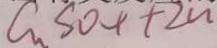
C u S O _ { 4 } + 2 n